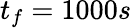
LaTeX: t_{f}=1000s